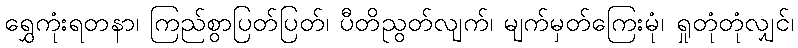
ရွှေကုံးရတနာ၊ ကြည်စွာပြတ်ပြတ်၊ ပီတိညွတ်လျက်၊ မျက်မှတ်ကြေးမုံ၊ ရှုတုံတုံလျှင်၊